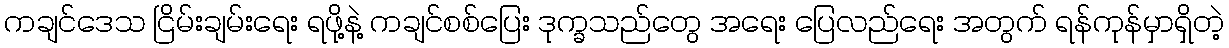
ကချင်ဒေသ ငြိမ်းချမ်းရေး ရဖို့နဲ့ ကချင်စစ်ပြေး ဒုက္ခသည်တွေ အရေး ပြေလည်ရေး အတွက် ရန်ကုန်မှာရှိတဲ့